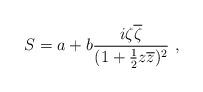
LaTeX: \begin{align*}S = a + b{i \zeta \overline \zeta \over (1 + {1 \over 2}z\overline z)^2}\ , \end{align*}